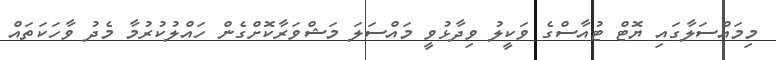
މިމައްސަލާގައި ޔޮޓް ޓުއާސްގެ ވަކީލު ވިދާޅުވީ މައްސަލަ މަޝްވަރާކޮށްގެން ހައްލުކުރުމާ މެދު ވާހަކަތައް